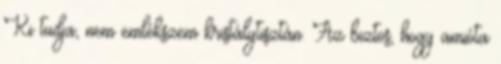
Ki tudja, nem emlékszem kristálytisztán. Az biztos, hogy amióta